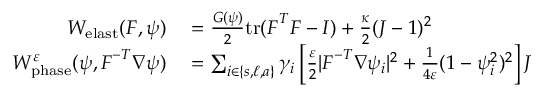
\begin{array} { r l } { W _ { \mathrm { e l a s t } } ( \boldsymbol { F } , \psi ) } & { { } = \frac { G ( \psi ) } { 2 } \mathrm { t r } ( \boldsymbol { F } ^ { T } \boldsymbol { F } - I ) + \frac { \kappa } { 2 } ( J - 1 ) ^ { 2 } } \\ { W _ { \mathrm { p h a s e } } ^ { \varepsilon } ( \psi , \boldsymbol { F } ^ { - T } \nabla \psi ) } & { { } = \sum _ { i \in \{ s , \ell , a \} } \gamma _ { i } \left[ \frac { \varepsilon } { 2 } | \boldsymbol { F } ^ { - T } \nabla \psi _ { i } | ^ { 2 } + \frac { 1 } { 4 \varepsilon } ( 1 - \psi _ { i } ^ { 2 } ) ^ { 2 } \right] J } \end{array}